Lunatic asylums Central Provinces reports 1886-1894 - 1886-1894
Year: 1886
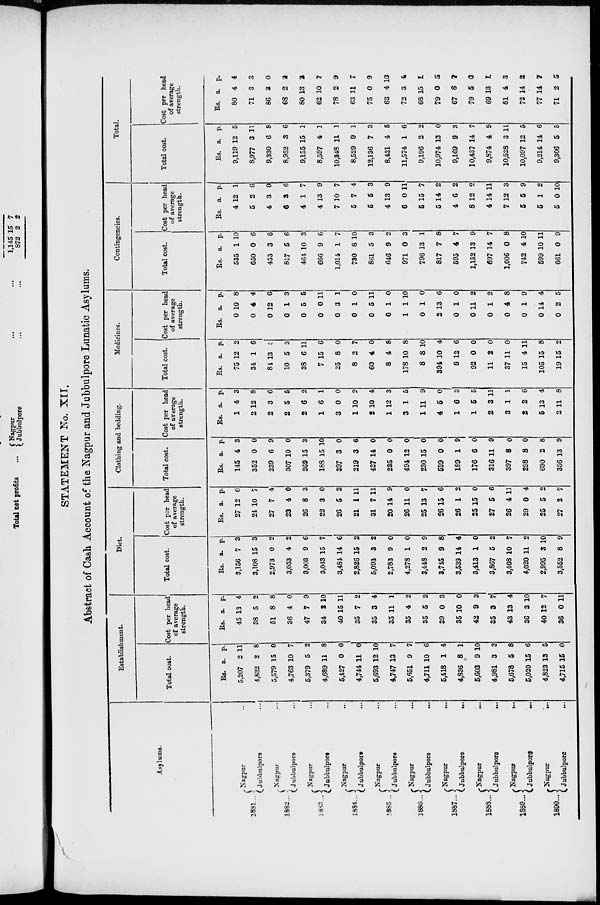
STATEMENT No. XII.
Abstract of Cash Account of the Nagpur and Jubbulpore Lunatic Asylums.
Asylums.
1881 ...
1882 ...
1883 ...
1884 ...
1885 ..
1886 ...
1887 ...
1888 ...
1889 ...
1890 ...
Nagpur ...
Jubbulpore ...
Nagpur ...
Jubbulpore ...
Nagpur ...
Jubbulpore ...
Nagpur ...
Jubbulpore ...
Nagpur ...
Jubbulpore ...
Nagpur ...
Jubbulpore
...
Nagpur
...
Jubbulpore ...
Nagpur
...
Jubbulpore
...
Nagpur
...
Jubbulpore ...
Nagpur
...
Jubbulpore
...
Establishment.
Total cost.
Rs.
5,207
4,832
5,579
4,763
5,379
4,689
5,427
4,744
5,693
4,747
5,651
4,711
5,418
4,836
5,603
4,981
5,678
5,020
4,823
4,715
a.
2
2
15
10
5
11
0
11
12
13
9
10
1
8
9
3
5
15
13
15
p.
11
8
0
7
2
8
0
0
10
7
7
6
4
1
10
3
8
6
5
0
Cost per head
of average
strength.
Rs.
45
38
51
36
47
34
40
35
35
35
35
35
39
35
42
35
43
36
40
36
a.
13
5
8
4
7
2
15
7
3
11
4
5
0
10
9
3
13
3
12
0
p.
4
2
8
0
9
10
11
2
4
1
2
2
3
0
3
7
4
10
7
11
Diet.
Total cost.
Rs.
3,156
3,108
2,973
3,053
3,003
3,043
3,484
2,826
5,093
2,783
4,278
3,448
3,745
3,539
3,413
3,867
3,408
4,020
2,995
3,552
a.
7
15
0
4
9
15
14
15
3
9
1
2
9
14
1
5
10
11
3
8
p.
3
3
2
2
6
7
6
2
2
0
0
9
8
4
0
2
7
2
10
9
Cost per head
of average
strength.
Rs.
27
24
27
23
26
22
26
21
31
20
26
25
26
26
25
27
26
29
25
27
a.
12
10
7
4
8
3
5
1
7
14
11
13
15
1
15
5
4
0
5
2
p.
0
7
4
0
3
0
2
11
11
9
0
7
6
2
0
6
11
4
2
7
Clothing and bedding.
Total cost.
Rs.
145
352
239
307
269
188
397
219
427
235
494
230
599
189
176
316
397
298
690
356
a.
4
0
6
10
15
15
3
3
14
0
12
15
0
1
6
11
8
8
2
13
p.
3
0
9
0
3
10
0
6
0
0
0
0
0
9
0
9
0
0
8
9
Cost per head
of average
strength.
Rs.
1
2
2
2
2
1
3
1
2
1
3
1
4
1
1
2
3
2
5
2
a.
4
12
3
5
6
6
0
10
10
12
1
11
5
6
5
3
1
2
13
11
p.
3
8
6
5
2
1
0
2
4
3
5
9
0
3
5
11
1
6
4
8
Medicines.
Total cost.
Rs.
75
34
84
10
38
7
25
8
60
8
178
8
394
8
92
11
37
15
105
19
a.
12
1
13
5
6
15
8
2
4
4
10
8
10
12
0
2
11
4
15
15
p.
2
6
3
3
11
6
0
7
0
8
8
10
4
6
0
0
0
11
8
2
Cost per head
of average
strength.
Rs.
0
0
0
0
0
0
0
0
0
0
1
0
2
0
0
0
0
0
0
0
a.
10
4
12
1
5
0
3
1
5
1
1
1
13
1
11
1
4
1
14
2
p.
8
4
6
3
5
11
1
0
11
0
10
0
6
0
2
2
8
9
4
5
Contingencies.
Total cost.
Rs.
535
650
453
817
464
666
1,014
730
861
646
971
796
817
595
1,152
697
1,006
742
599
661
a.
1
0
3
5
10
9
1
8
5
9
0
13
7
4
13
14
0
4
10
0
p.
10
6
6
6
3
6
7
10
3
2
3
1
8
7
9
7
8
10
11
9
Cost per head
of average
strength.
Rs.
4
5
4
6
4
4
7
5
5
4
6
5
5
4
8
4
7
5
5
5
a.
12
2
3
3
1
13
10
7
5
13
0
15
14
6
12
14
12
5
1
0
p.
1
6
0
6
7
9
7
4
3
9
11
7
2
2
2
11
3
9
2
10
Total.
Total cost.
Rs.
9,119
8,977
9,330
8,952
9,155
8,597
10,348
8,529
12,136
8,421
11,574
9,196
10,974
9,169
10,437
9,874
10,528
10,097
9,214
9,306
a.
12
3
6
3
15
4
11
9
7
4
1
2
13
9
14
4
3
12
14
5
p.
5
11
8
6
1
1
1
1
3
5
6
2
0
3
7
9
11
5
6
5
Cost per head
of average
strength.
Rs.
80
71
86
68
80
62
78
63
75
63
72
68
79
67
79
69
81
72
77
71
a.
4
3
3
2
13
10
2
11
0
4
3
15
0
8
5
13
4
14
14
2
p.
4
3
0
2
2
7
9
7
9
10
4
1
5
7
0
1
3
2
7
5